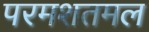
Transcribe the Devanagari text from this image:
परमशतमल